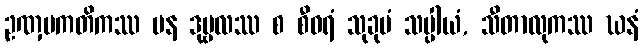
ဥဏှပကတိကဿ ပန ဒုဗ္ဗလဿ စ စီဝရံ သုခုမံ သပ္ပါယံ, သီတာလုကဿ ဃနံ